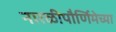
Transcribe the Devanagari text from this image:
नारळीपौर्णिमेच्या